Scottish Leaving Certificate Examination, 1956
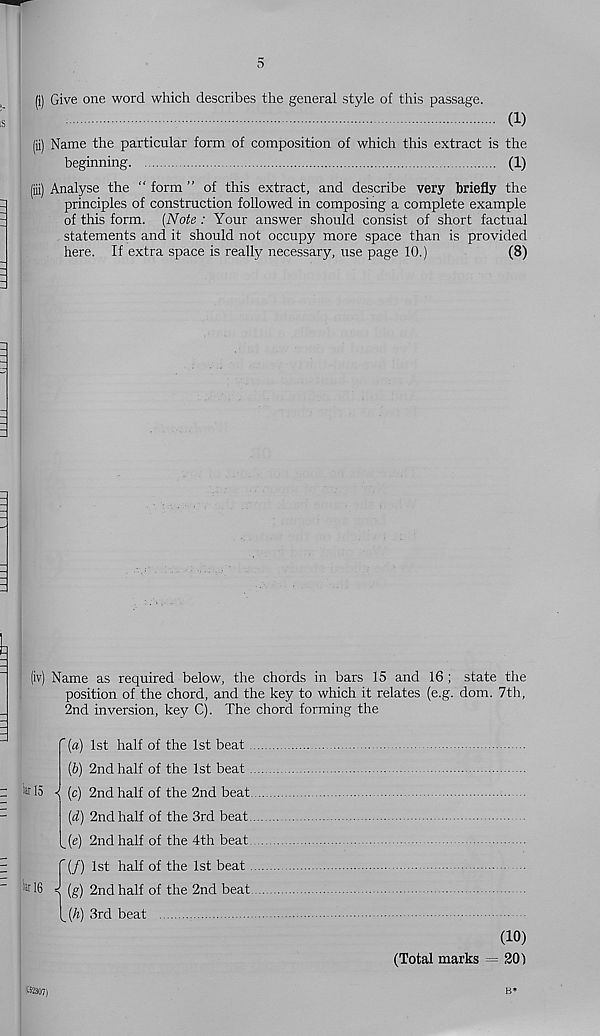
5
(i) Give one word which describes the general style of this passage.
(i)
(ii) Name the particular form of composition of which this extract is the
beginning
(1)
(iii) Analyse the “ form ” of this extract, and describe very briefly the
principles of construction followed in composing a complete example
of this form. (Note : Your answer should consist of short factual
statements and it should not occupy more space than is provided
here. If extra space is really necessary, use page 10.)
(8)
(iv) Name as required below, the chords in bars 15 and 16 ; state the
position of the chord, and the key to which it relates (e.g. dom. 7th,
2nd inversion, key C). The chord forming the
tar 15
tar 16
' (a) 1st half of the 1st beat .
(V) 2nd half of the 1st beat .
< (c) 2nd half of the 2nd beat
(d) 2nd half of the 3rd beat.
Je) 2nd half of the 4th beat,
f (/) 1st half of the 1st beat .
(g) 2nd half of the 2nd beat
(^(h) 3rd beat
I®307)
(10)
(Total marks = 20)
B*